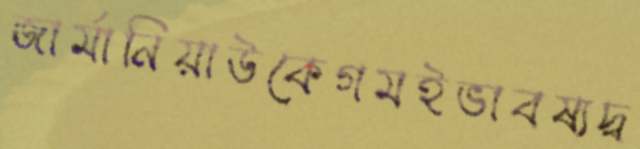
জার্মানিয়াউকেগমইভাবষ্যদ্ব